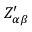
Z _ { \alpha \beta } ^ { \prime }